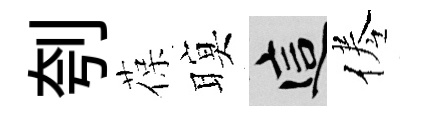
刳葆暝這倦